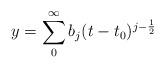
LaTeX: \begin{align*}y=\sum_{0}^{\infty}b_{j}(t-t_{0})^{j-\frac{1}{2}}\end{align*}